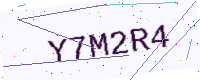
Text: Y7M2R4